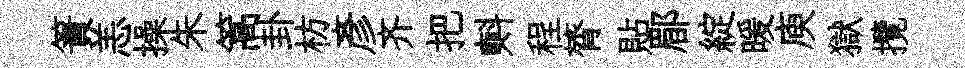
簀恙操朱篙卦枋彦齐把㪺程膂貼郿綻暖庾獄攬